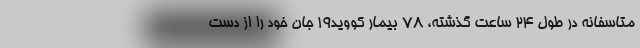
متاسفانه در طول ۲۴ ساعت گذشته، ۷۸ بیمار کووید۱۹ جان خود را از دست